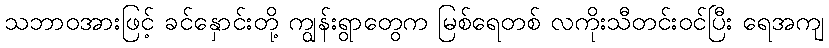
သဘာဝအားဖြင့် ခင်နှောင်းတို့ ကျွန်းရွာတွေက မြစ်ရေတစ် လကိုးသီတင်းဝင်ပြီး ရေအကျ